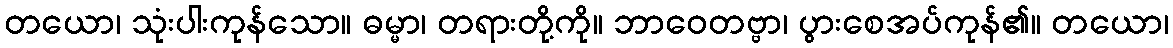
တယော၊ သုံးပါးကုန်သော။ ဓမ္မာ၊ တရားတို့ကို။ ဘာဝေတဗ္ဗာ၊ ပွားစေအပ်ကုန်၏။ တယော၊